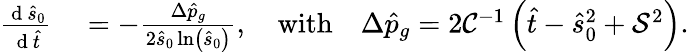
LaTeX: \begin{array}{rl}{\frac{\mathrm{~d~}\hat{s}_{0}}{\mathrm{~d~}\hat{t}}}&{{}=-\frac{\Delta\hat{p}_{g}}{2\hat{s}_{0}\ln\left(\hat{s}_{0}\right)},\quad\textrm{with}\quad\Delta\hat{p}_{g}=2\mathcal{C}^{-1}\left(\hat{t}-\hat{s}_{0}^{2}+\mathcal{S}^{2}\right).}\end{array}